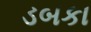
ડબકા